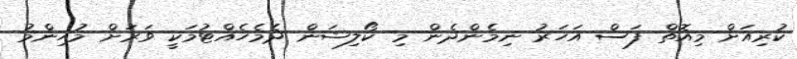
ކުރިއަށް މިއޮތް ފަސް އަހަރު ނިމެންދެން މި ކޯލިޝަން ދެމެހެއްޓުމަކީ ވަރަށް މުހިންމު